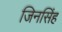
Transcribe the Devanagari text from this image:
जिनसिंह